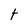
Character: t